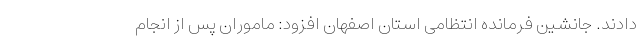
دادند. جانشین فرمانده انتظامی استان اصفهان افزود: ماموران پس از انجام